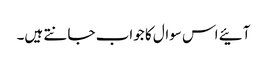
آئیے اس سوال کا جواب جانتے ہیں۔